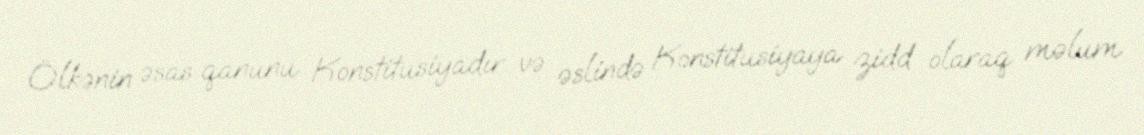
Ölkənin əsas qanunu Konstitusiyadır və əslində Konstitusiyaya zidd olaraq məlum